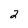
Character: 2